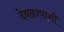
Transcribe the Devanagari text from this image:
देवळापाशी